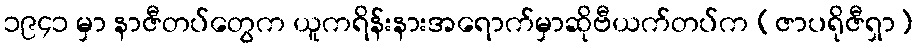
၁၉၄၁ မှာ နာဇီတပ်တွေက ယူကရိန်းနားအရောက်မှာဆိုဗီယက်တပ်က (ဇာပရိုဇီရှာ)